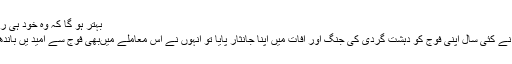
بہتر ہو گا کہ وہ خود ہی راستہ دیدیں‘‘
جب لوگوں نے کئی سال اپنی فوج کو دہشت گردی کی جنگ اور آفات میں اپنا جانثار پایا تو انہوں نے اس معاملے میںبھی فوج سے امید یں باندھ رکھی ہیں۔